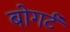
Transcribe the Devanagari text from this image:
बोगर्ट